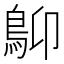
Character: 𩾱